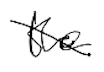
Text: the
Cross-out: diagonal
Writing tool: digital_black